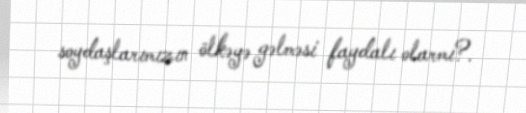
soydaşlarımızın ölkəyə gəlməsi faydalı olarmı?.